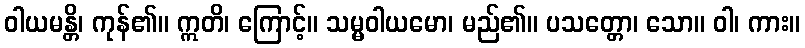
ဝါယမန္တိ၊ ကုန်၏။ ဣတိ၊ ကြောင့်။ သမ္မဝါယမော၊ မည်၏။ ပသတ္တော၊ သော။ ဝါ၊ ကား။